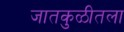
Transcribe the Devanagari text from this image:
जातकुळीतला